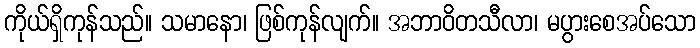
ကိုယ်ရှိကုန်သည်။ သမာနော၊ ဖြစ်ကုန်လျက်။ အဘာဝိတသီလာ၊ မပွားစေအပ်သော